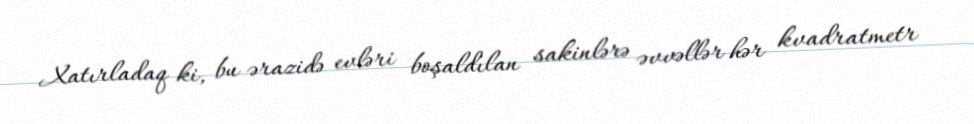
Xatırladaq ki, bu ərazidə evləri boşaldılan sakinlərə əvvəllər hər kvadratmetr